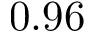
0 . 9 6